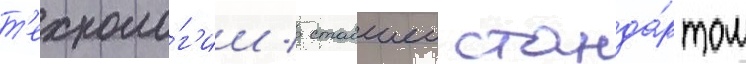
т'ехноло́г'ии / ставшеи станда́ртом